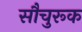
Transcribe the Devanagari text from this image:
सौचुरूक